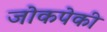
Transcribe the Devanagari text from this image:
जोकपेकी